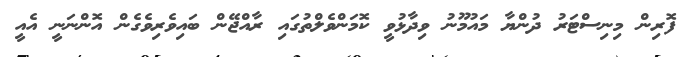
ފޮރިން މިނިސްޓަރު ދުންޔާ މައުމޫނު ވިދާޅުވީ ކޮމަންވެލްތުގައި ރާއްޖޭން ބައިވެރިވެގެން އޮންނަނީ އެއީ